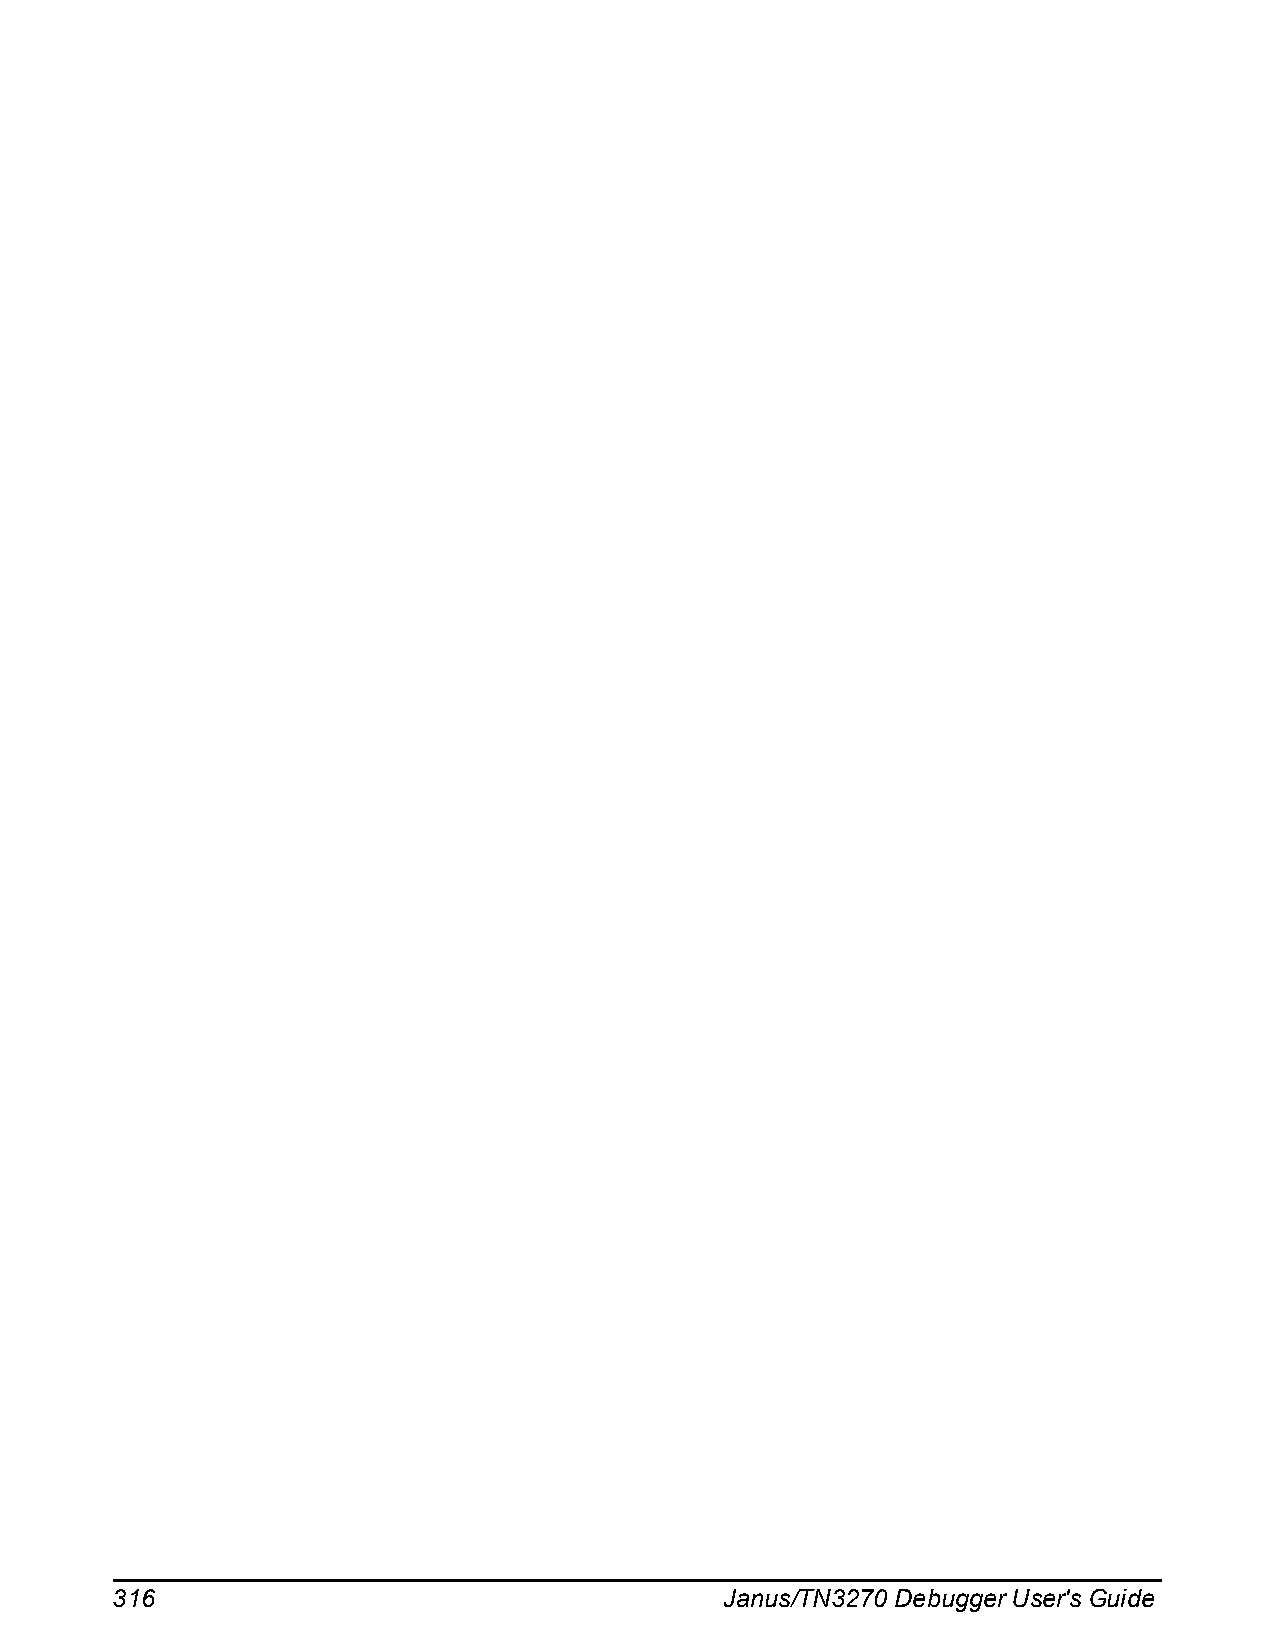
316                                      Janus/TN3270 Debugger User's Guide